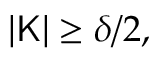
| \mathsf { K } | \ge \delta / 2 ,